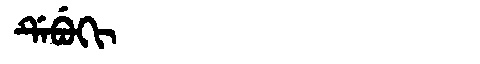
Manchu: ᡩᡝᠪᡠᡴᡳ
Romanization: DEBUKI